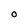
Character: O